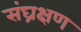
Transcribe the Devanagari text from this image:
संघ्रक्षण